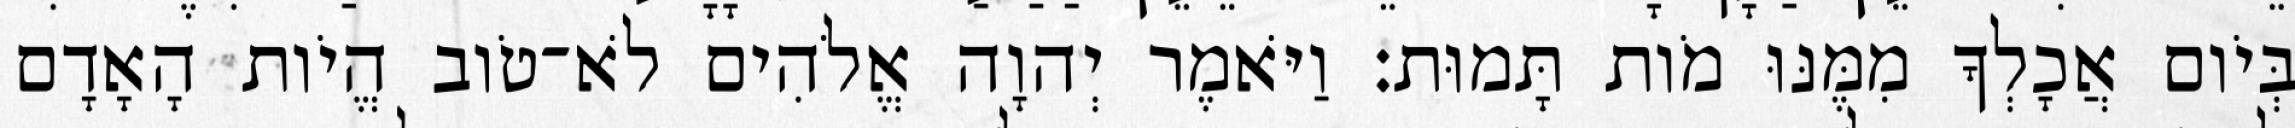
בְּיֹום אֲכָלְךָ מִמֶּנּוּ מֹות תָּמוּת׃ וַיֹּאמֶר יְהוָה אֱלֹהִים לֹא־טֹוב הֱיֹות הָאָדָם